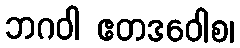
ဘဂဝါ ဧတဒဝေါစ၊